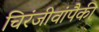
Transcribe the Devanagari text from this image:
चिरंजीवांपैकी